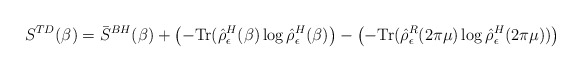
\begin{align*}S^{TD}(\beta)=\bar{S}^{BH}(\beta)+\left(-\mbox{Tr}(\hat{\rho}^H_\epsilon(\beta)\log\hat{\rho}^H_\epsilon(\beta)\right)-\left(-\mbox{Tr}(\hat{\rho}^R_\epsilon(2\pi\mu)\log\hat{\rho}^H_\epsilon(2\pi\mu))\right)~~~\end{align*}